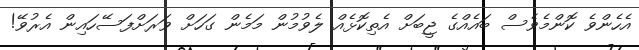
އެހެންވެ ކޮންމެވެސް ބައެއްގެ ޖީބަށް އެތިކޮޅެއް ލެވުމުން މަމެން ގަހަށް ވަރަށްފަސޭހައިން އެރުވޭ!